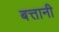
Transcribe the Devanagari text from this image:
बत्तानी